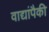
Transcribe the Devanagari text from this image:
वाद्यांपैकी